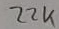
Text: 22K